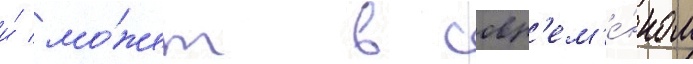
и́ мо́жет в совр'ем'е́нном